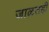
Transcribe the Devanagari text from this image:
जाळतही